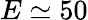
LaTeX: E\simeq 50